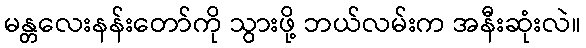
မန္တလေးနန်းတော်ကို သွားဖို့ ဘယ်လမ်းက အနီးဆုံးလဲ။